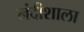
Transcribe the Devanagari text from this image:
नंदीशाला